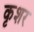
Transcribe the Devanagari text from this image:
कृशर